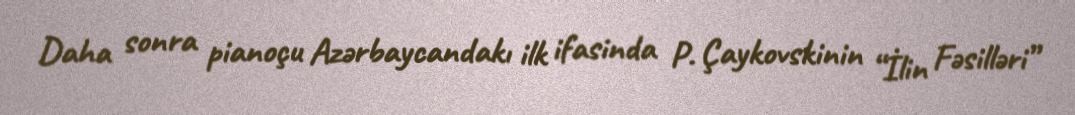
Daha sonra pianoçu Azərbaycandakı ilk ifasinda P. Çaykovskinin “İlin Fəsilləri”